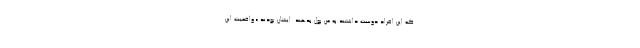
که این افراد دوست داشتند به من پول بدهند. ایشان بودند.» واقعیت این